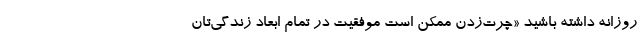
روزانه داشته باشید «چرت‌زدن ممکن است موفقیت در تمام ابعاد زندگی‌تان